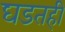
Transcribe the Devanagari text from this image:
घडतही